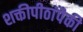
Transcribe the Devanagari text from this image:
शक्तीपीठांपैकी